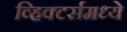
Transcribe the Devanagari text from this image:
व्हिक्टर्समध्ये